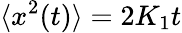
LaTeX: \langle x^{2}(t)\rangle=2K_{1}t